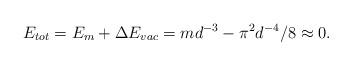
LaTeX: \begin{align*}E_{tot}=E_m +\Delta E_{vac} = md^{-3} - \pi^2 d^{-4}/8 \approx 0.\end{align*}